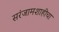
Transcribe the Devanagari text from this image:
सरंजामशाहीचा